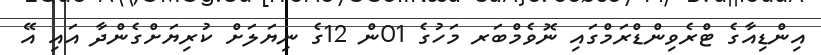
އިންޑިއާގެ ޓްރެވިންޑްރަމްގައި ނޮވެމްބަރ މަހުގެ 01ން 12ގެ ނިޔަލަށް ކުރިޔަށްގެންދާ އައި އޭ